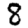
Digit: 8